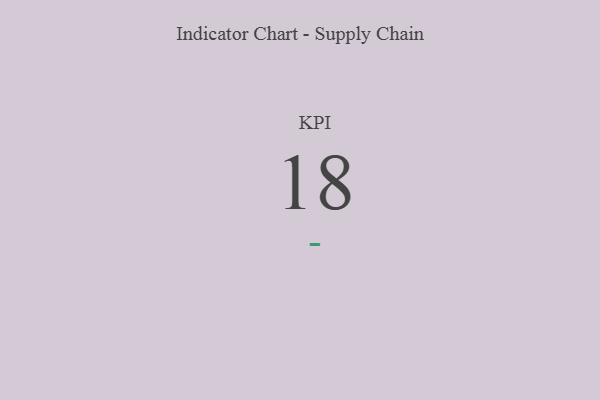
{"axis": {"x": "KPI", "y": "Value"}, "legend": [""], "data": [{"x": "KPI", "y": 18, "type": ""}]}